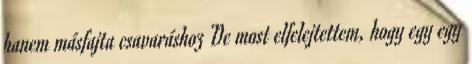
hanem másfajta csavaráshoz De most elfelejtettem, hogy egy egy